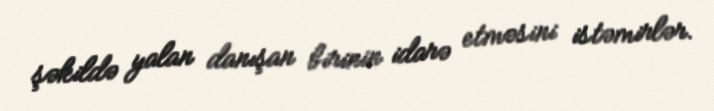
şəkildə yalan danışan birinin idarə etməsini istəmirlər.